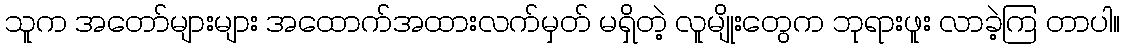
သူက အတော်များများ အထောက်အထားလက်မှတ် မရှိတဲ့ လူမျိုးတွေက ဘုရားဖူး လာခဲ့ကြ တာပါ။